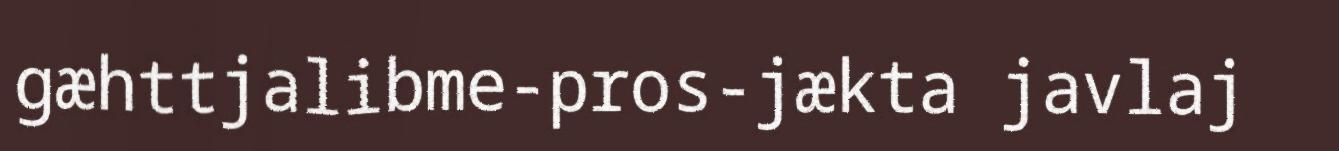
gæhttjalibme-pros-jækta javlaj